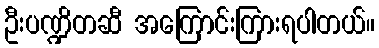
ဦးပဏ္ဍိတဆီ အကြောင်းကြားရပါတယ်။